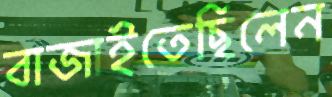
বাজাইতেছিলেন